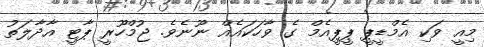
މިއީ ވަކި އެމްޑީޕީ ޕީޕީއެމް ގެ ވާހަކައެއް ނޫނެވެ. ޖުމްހޫރީ ޕާޓީ އާދާލަތު